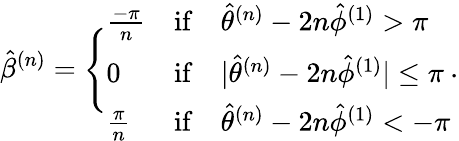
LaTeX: \hat{\beta}^{(n)}=\Bigg\{ \begin{array}{lll}{\frac{-\pi}{n}}&{\mathrm{if}}&{\hat{\theta}^{(n)}-2n\hat{\phi}^{(1)}>\pi}\\ {0}&{\mathrm{if}}&{|\hat{\theta}^{(n)}-2n\hat{\phi}^{(1)}|\leq\pi}\\ {\frac{\pi}{n}}&{\mathrm{if}}&{\hat{\theta}^{(n)}-2n\hat{\phi}^{(1)}<-\pi}\end{array}.